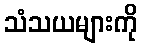
သံသယများကို